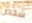
شخص